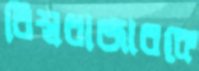
বিশ্ববাজারকে